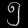
Digit: ၅